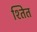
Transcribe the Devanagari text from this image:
श्तित